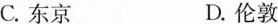
C.东京 D.伦敦